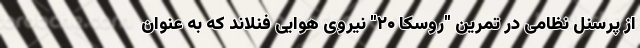
از پرسنل نظامی در تمرین "روسکا ۲۰" نیروی هوایی فنلاند که به عنوان